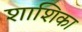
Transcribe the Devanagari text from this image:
शाशिका